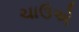
ચાઉએ